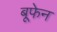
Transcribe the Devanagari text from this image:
बूफेन